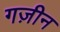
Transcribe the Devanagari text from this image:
गज़ीन